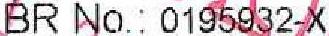
BR NO.: 0195932-X